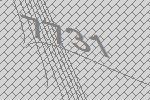
7731